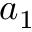
a _ { 1 }